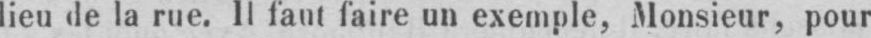
lieu de la rue. Il faut faire un exemple, Monsieur, pour